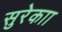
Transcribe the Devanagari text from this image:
सुरेकाा